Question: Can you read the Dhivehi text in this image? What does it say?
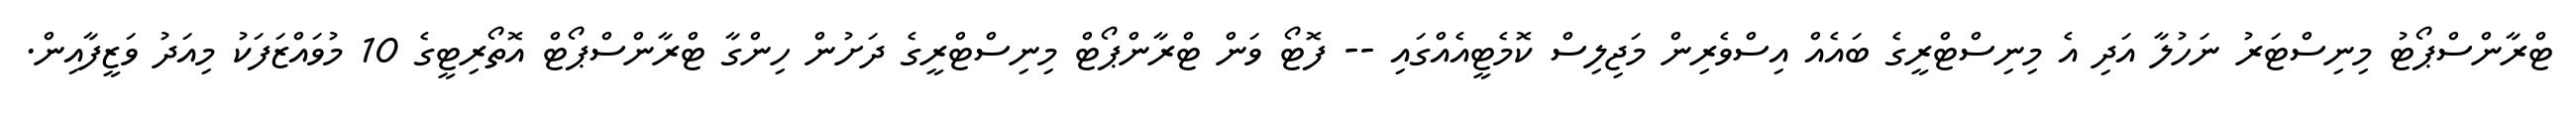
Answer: ޓްރާންސްޕޯޓު މިނިސްޓަރު ނަހުލާ އަދި އެ މިނިސްޓްރީގެ ބައެއް އިސްވެރިން މަޖިލިސް ކޮމެޓީއެއްގައި -- ފޮޓޯ ވަން ޓްރާންޕޯޓް މިނިސްޓްރީގެ ދަށުން ހިންގާ ޓްރާންސްޕޯޓް އޮތޯރިޓީގެ 10 މުވައްޒަފަކު މިއަދު ވަޒީފާއިން.